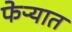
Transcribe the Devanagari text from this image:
फेऱ्यात